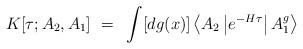
\begin{align*}K[\tau;A_2,A_1]~=~\int [dg(x)]\left<A_2\left| e^{-H\tau}\right|A_1^g\right>\end{align*}